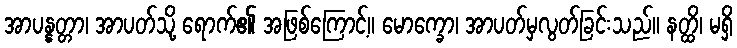
အာပန္နတ္တာ၊ အာပတ်သို့ ရောက်၏ အဖြစ်ကြောင့်။ မောက္ခော၊ အာပတ်မှလွတ်ခြင်းသည်။ နတ္ထိ၊ မရှိ